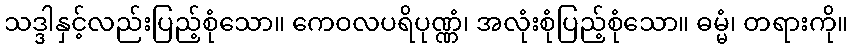
သဒ္ဒါနှင့်လည်းပြည့်စုံသော။ ကေဝလပရိပုဏ္ဏံ၊ အလုံးစုံပြည့်စုံသော။ ဓမ္မံ၊ တရားကို။